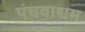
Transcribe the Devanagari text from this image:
पंचवाद्यम